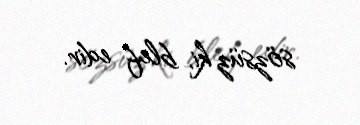
sözsüz ki, blef edir.